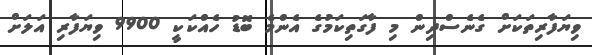
ވިޔަފާރިތަކަށް ގެނެސްދިން މި ފާގަތިކަމުގެ އެންމެ ބޮޑު ހެއްކަކީ 9900 ވިޔަފާރި އަލަށް